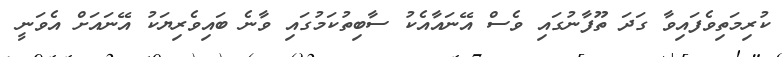
ކުރިމަތިވެފައިވާ ގަދަ ތޫފާނުގައި ވެސް އޭނައާއެކު ސާބިތުކަމުގައި ވާނެ ބައިވެރިޔަކު އޭނައަށް އެވަނީ